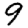
Digit: 9